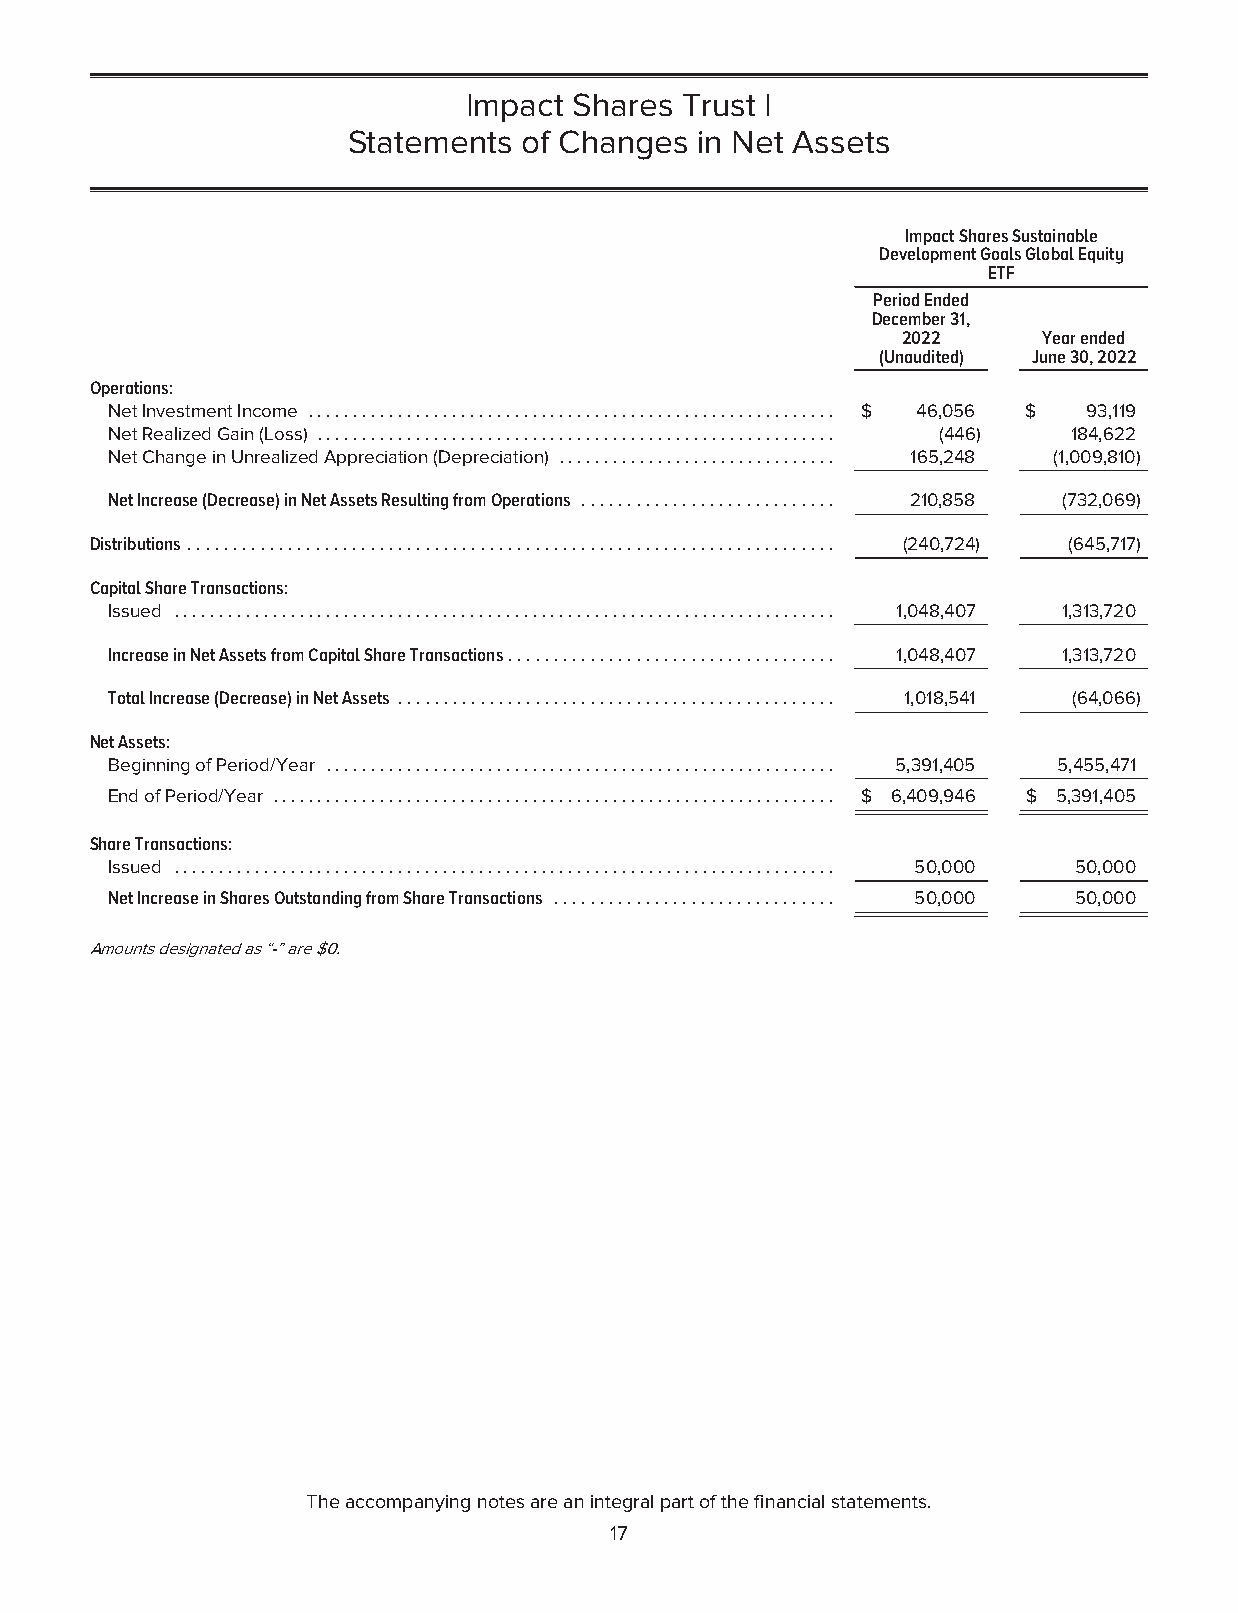
Impact Shares Trust I
 Statements  of Changes in Net Assets
 ImpactSharesSustainable
 DevelopmentGoalsGlobalEquity
 ETF
 PeriodEnded
 December31,
 2022     Yearended
 (Unaudited) June30,2022
 Operations:
 NetInvestmentIncome ........................................................... $ 46,056 $ 93,119
 NetRealizedGain(Loss) .......................................................... (446) 184,622
 NetChangeinUnrealizedAppreciation(Depreciation) ............................... 165,248 (1,009,810)
 NetIncrease(Decrease)inNetAssetsResultingfromOperations ............................ 210,858 (732,069)
 Distributions ....................................................................... (240,724) (645,717)
 CapitalShareTransactions:
 Issued .......................................................................... 1,048,407 1,313,720
 IncreaseinNetAssetsfromCapitalShareTransactions.................................... 1,048,407 1,313,720
 TotalIncrease(Decrease)inNetAssets ................................................ 1,018,541 (64,066)
 NetAssets:
 BeginningofPeriod/Year ......................................................... 5,391,405 5,455,471
 EndofPeriod/Year ............................................................... $ 6,409,946 $ 5,391,405
 ShareTransactions:
 Issued .......................................................................... 50,000 50,000
 NetIncreaseinSharesOutstandingfromShareTransactions ............................... 50,000 50,000
 Amountsdesignatedas“-”are$0.
 Theaccompanyingnotesareanintegralpartofthefinancialstatements.
 17